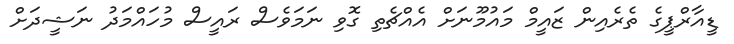
ޑީއާރްޕީގެ ތެރެއިން ޒައީމް މައުމޫނަށް އެއްޗެތި ގޮވި ނަމަވެސް ރައީސް މުހައްމަދު ނަޝީދަށް